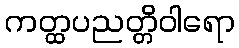
ကတ္ထပညတ္တိဝါရော